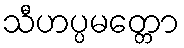
သီဟပ္ပမတ္တော